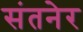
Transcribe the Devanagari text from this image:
संतनेर